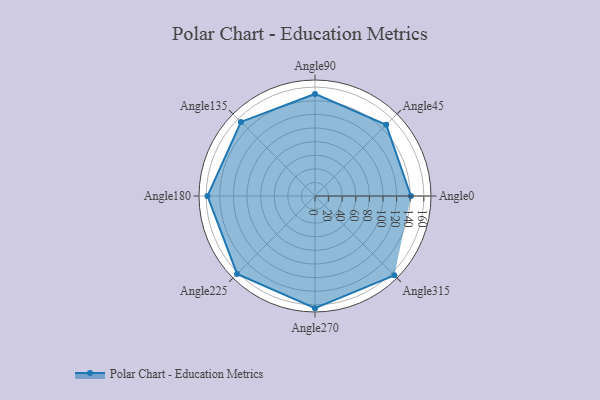
{"axis": {"x": "Angle", "y": "Radius"}, "legend": [""], "data": [{"x": "Angle0", "y": 141.0, "type": ""}, {"x": "Angle45", "y": 148.0, "type": ""}, {"x": "Angle90", "y": 150.0, "type": ""}, {"x": "Angle135", "y": 154.0, "type": ""}, {"x": "Angle180", "y": 158.0, "type": ""}, {"x": "Angle225", "y": 162.0, "type": ""}, {"x": "Angle270", "y": 165.0, "type": ""}, {"x": "Angle315", "y": 165.0, "type": ""}]}